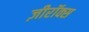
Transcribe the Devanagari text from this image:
ज़ीरॉक्स